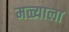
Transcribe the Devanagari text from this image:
मळ्याला